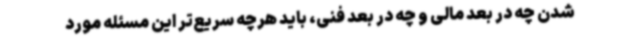
شدن چه در بعد مالی و چه در بعد فنی، باید هرچه سریع‌تر این مسئله مورد